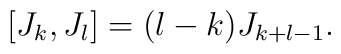
[J_{k},J_{l}]=(l-k)J_{k+l-1} .